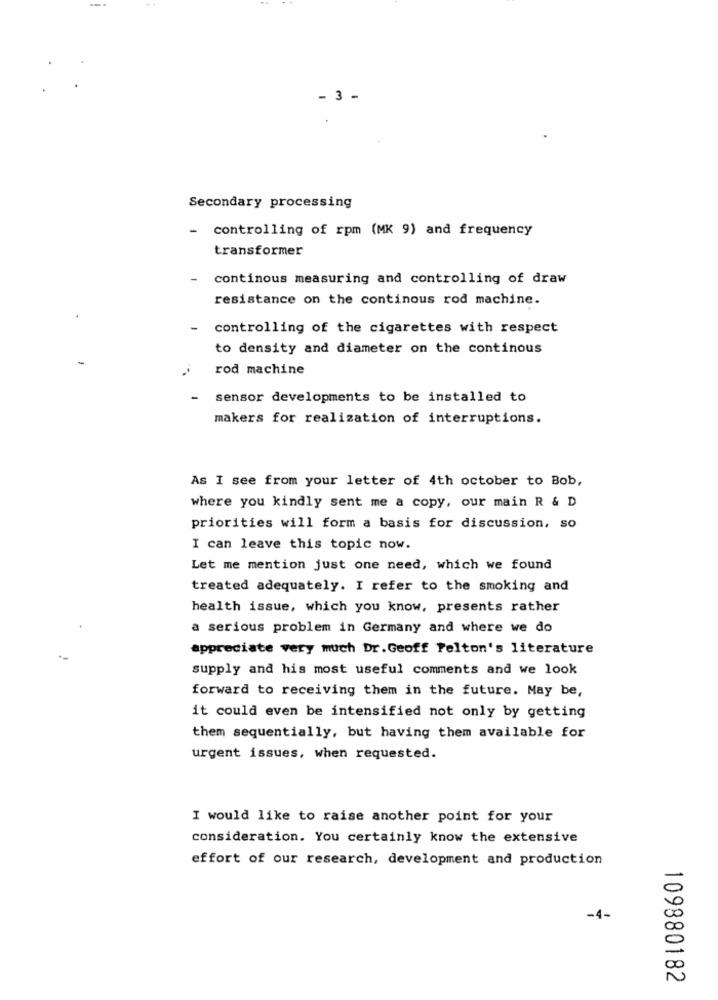
- 3 -
Secondary processing
-
controlling of rpm (MK 9) and frequency
transformer
continous measuring and controlling of draw
resistance on the continous rod machine.
controlling of the cigarettes with respect
to density and diameter on the continous
rod machine
-
sensor developments to be installed to
makers for realization of interruptions.
As I see from your letter of 4th october to Bob,
where you kindly sent me a copy, our main R & D
priorities will form a basis for discussion, so
I can leave this topic now.
Let me mention just one need, which we found
treated adequately. I refer to the smoking and
health issue, which you know, presents rather
a serious problem in Germany and where we do
appreciate very much Dr. Geoff Felton's literature
supply and his most useful comments and we look
forward to receiving them in the future. May be,
it could even be intensified not only by getting
them sequentially, but having them available for
urgent issues, when requested.
I would like to raise another point for your
consideration. You certainly know the extensive
effort of our research, development and production
-4-
109880182